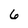
Character: 6